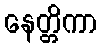
နေတ္တိကာ